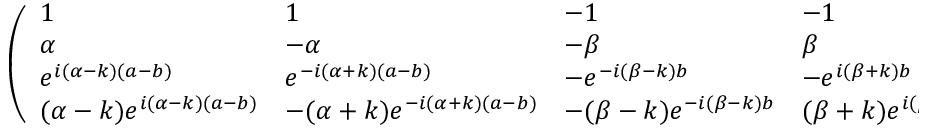
{ \left( \begin{array} { l l l l } { 1 } & { 1 } & { - 1 } & { - 1 } \\ { \alpha } & { - \alpha } & { - \beta } & { \beta } \\ { e ^ { i ( \alpha - k ) ( a - b ) } } & { e ^ { - i ( \alpha + k ) ( a - b ) } } & { - e ^ { - i ( \beta - k ) b } } & { - e ^ { i ( \beta + k ) b } } \\ { ( \alpha - k ) e ^ { i ( \alpha - k ) ( a - b ) } } & { - ( \alpha + k ) e ^ { - i ( \alpha + k ) ( a - b ) } } & { - ( \beta - k ) e ^ { - i ( \beta - k ) b } } & { ( \beta + k ) e ^ { i ( \beta + k ) b } } \end{array} \right) } { \left( \begin{array} { l } { A } \\ { A ^ { \prime } } \\ { B } \\ { B ^ { \prime } } \end{array} \right) } = { \left( \begin{array} { l } { 0 } \\ { 0 } \\ { 0 } \\ { 0 } \end{array} \right) } .